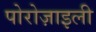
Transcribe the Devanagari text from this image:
पोरोज़ाइली